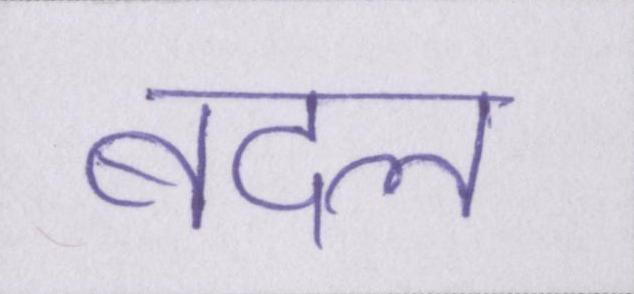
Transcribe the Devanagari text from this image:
बदल